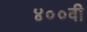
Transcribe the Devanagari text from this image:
४००वी